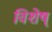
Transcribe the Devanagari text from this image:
विशेष्